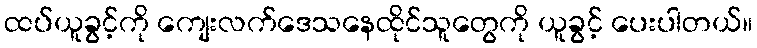
ထပ်ယူခွင့်ကို ကျေးလက်ဒေသနေထိုင်သူတွေကို ယူခွင့် ပေးပါတယ်။